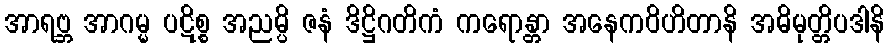
အာရဗ္ဘ အာဂမ္မ ပဋိစ္စ အညမ္ပိ ဇနံ ဒိဋ္ဌိဂတိကံ ကရောန္တာ အနေကဝိဟိတာနိ အဓိမုတ္တိပဒါနိ